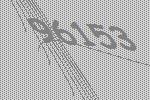
96153